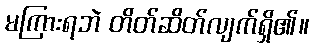
မကြားရဘဲ တိတ်ဆိတ်လျက်ရှိ၏။